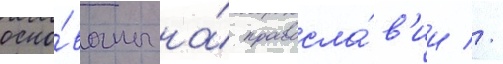
осно́ваны на́ правосла́в'ии //